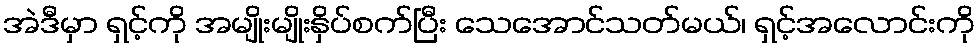
အဲဒီမှာ ရှင့်ကို အမျိုးမျိုးနှိပ်စက်ပြီး သေအောင်သတ်မယ်၊ ရှင့်အလောင်းကို